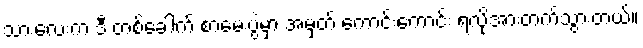
သားလေးက ဒီ တစ်ခေါက် စာမေးပွဲမှာ အမှတ် ကောင်းကောင်း ရလို့အားတက်သွားတယ်။